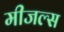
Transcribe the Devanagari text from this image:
मीजल्स